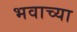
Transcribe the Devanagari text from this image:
भवाच्या